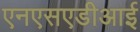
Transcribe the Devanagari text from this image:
एनएसएडीआई